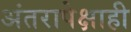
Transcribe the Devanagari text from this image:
अंतरापेक्षाही